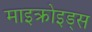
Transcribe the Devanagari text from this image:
माइक्रोइड्स